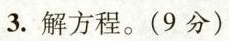
3.解方程。(9分)